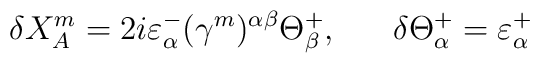
\delta{X^{m}_{A}}=2i\varepsilon^{-}_{\alpha}(\gamma^{m})^{\alpha\beta}\Theta^{+}_{\beta},\ \ \ \ \ \delta\Theta^{+}_{\alpha}=\varepsilon^{+}_{\alpha}